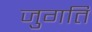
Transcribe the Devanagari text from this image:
जुगति